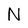
Character: N